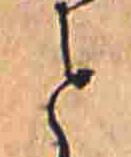
と